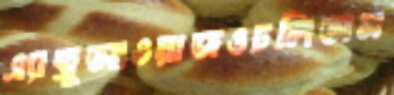
এ্যান্ড্রুআওয়াজওঢলিতাম